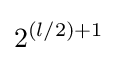
2^{(l/2)+1}